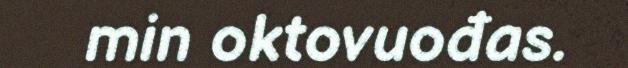
min oktovuođas.